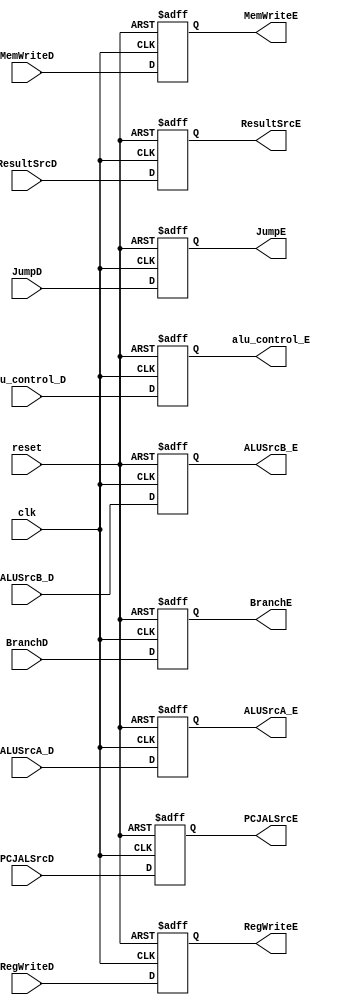
//Control Unit Pipeline Register between Decode and Execution Stage//


module C_ID_EX (clk, reset, RegWriteD, MemWriteD, JumpD, 
BranchD, ALUSrcA_D, ALUSrcB_D, ResultSrcD,RegWriteE,
 MemWriteE, JumpE, BranchE,  ALUSrcA_E, ALUSrcB_E,
  ResultSrcE,alu_control_D, alu_control_E,PCJALSrcD, PCJALSrcE);
  //,ImmSrcD,ImmSrcE);
 
        input clk, reset;
        input  RegWriteD, MemWriteD, JumpD, BranchD, ALUSrcA_D;
		input  [1:0] ALUSrcB_D;
        input  [1:0] ResultSrcD;
        input  [4:0] alu_control_D;
        input PCJALSrcD; 
        //input [2:0] ImmSrcD;
        output  reg RegWriteE, MemWriteE, JumpE, BranchE,  ALUSrcA_E;
		output reg[1:0] ALUSrcB_E;
        output  reg[1:0] ResultSrcE;
        output  reg[4:0] alu_control_E;
        output reg PCJALSrcE ;
        //output reg [2:0] ImmSrcE;

always @( posedge clk, posedge reset ) begin

		if (reset) begin
			RegWriteE <= 0;
			MemWriteE <= 0;
			JumpE <= 0;
			BranchE <= 0; 
			ALUSrcA_E <= 0;
			ALUSrcB_E <= 0;
			ResultSrcE <= 0;
			alu_control_E <= 0;
			PCJALSrcE <= 0;   
		//	ImmSrcE<=0;       
		end

		
		else begin
			RegWriteE <= RegWriteD;
			MemWriteE <= MemWriteD;
			JumpE <= JumpD;
			BranchE <= BranchD; 
			ALUSrcA_E <= ALUSrcA_D;
			ALUSrcB_E <= ALUSrcB_D;
			ResultSrcE <= ResultSrcD;
			alu_control_E <= alu_control_D;
			PCJALSrcE <= PCJALSrcD; 
			
			//ImmSrcE<= ImmSrcD;  
		end
		 
	 end
  
endmodule